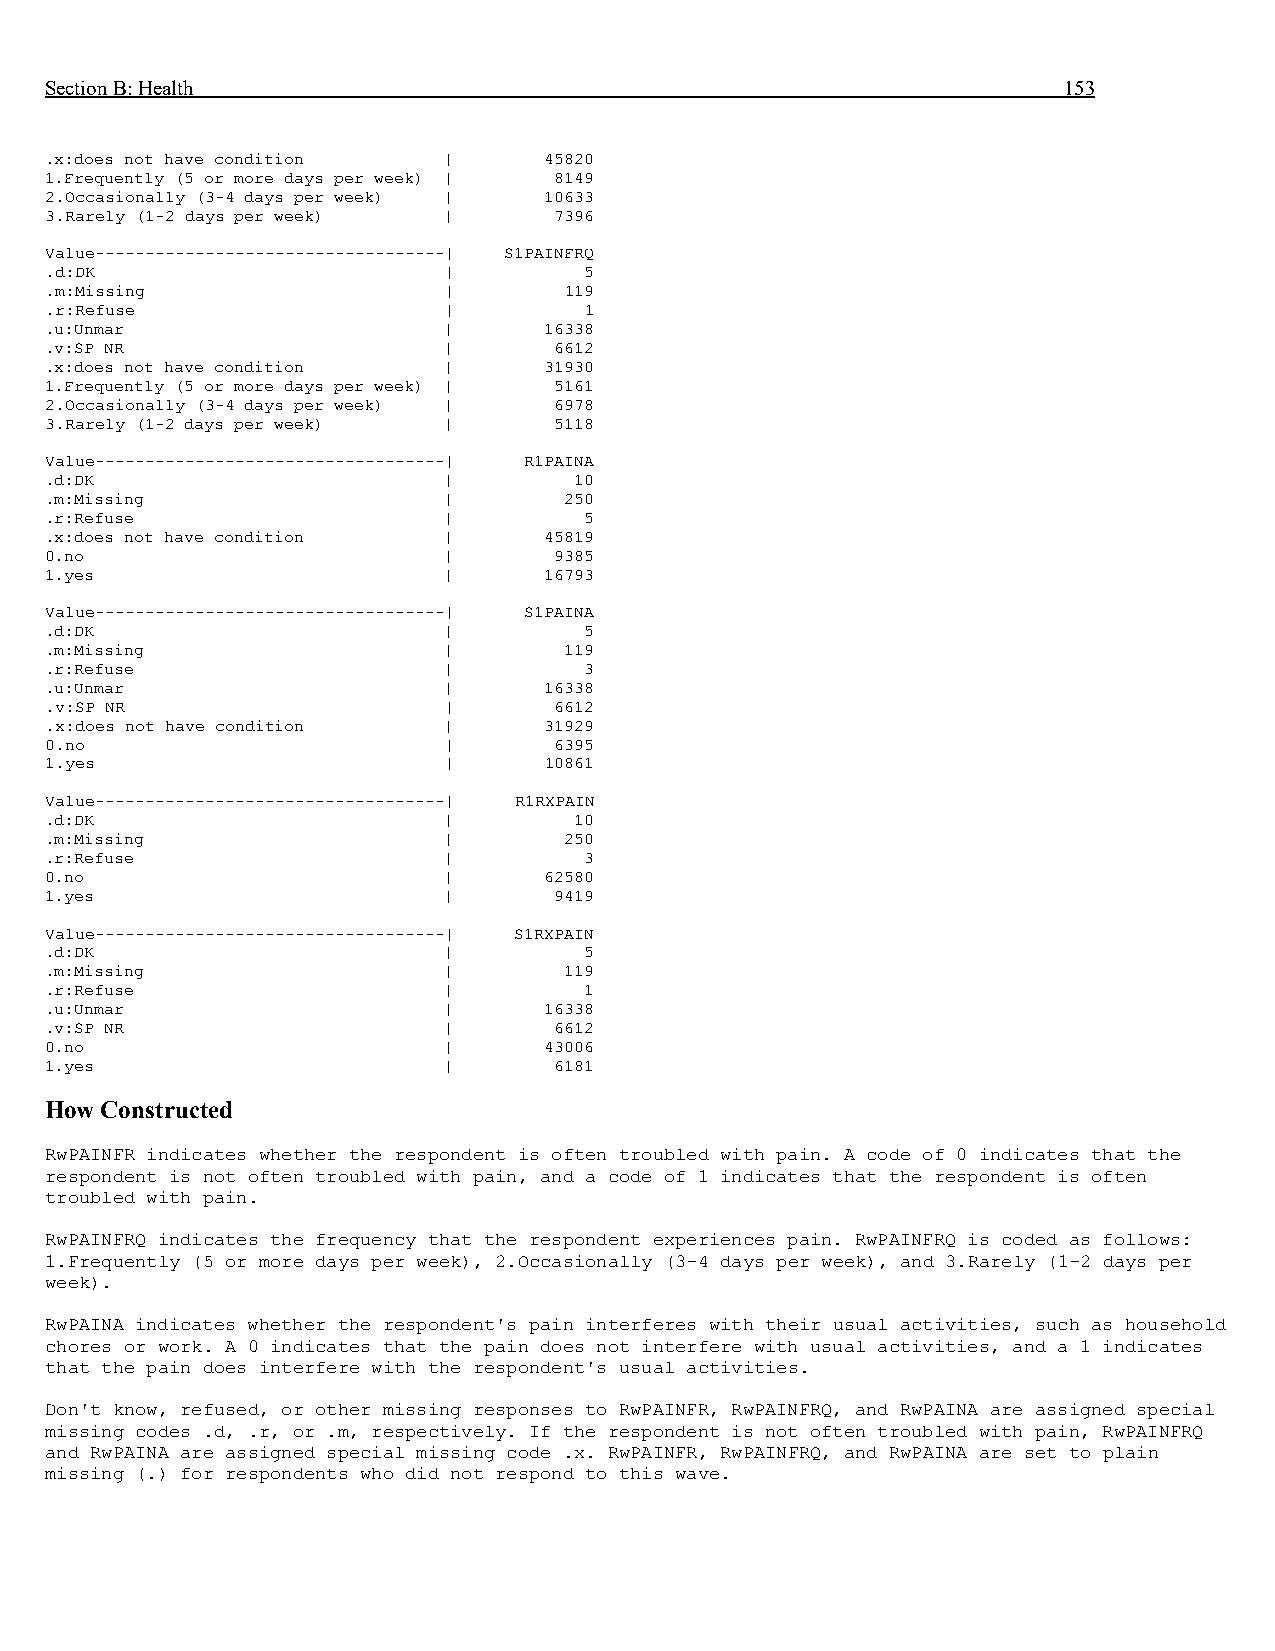
Section B: Health                                                  153
 .x:does not have condition |     45820
 1.Frequently (5 or more days per week) | 8149
 2.Occasionally (3-4 days per week) | 10633
 3.Rarely (1-2 days per week) |    7396
 Value-----------------------------------| S1PAINFRQ
 .d:DK                     |         5
 .m:Missing                |       119
 .r:Refuse                 |         1
 .u:Unmar                  |      16338
 .v:SP NR                  |       6612
 .x:does not have condition |     31930
 1.Frequently (5 or more days per week) | 5161
 2.Occasionally (3-4 days per week) | 6978
 3.Rarely (1-2 days per week) |    5118
 Value-----------------------------------| R1PAINA
 .d:DK                     |        10
 .m:Missing                |       250
 .r:Refuse                 |         5
 .x:does not have condition |     45819
 0.no                      |       9385
 1.yes                     |      16793
 Value-----------------------------------| S1PAINA
 .d:DK                     |         5
 .m:Missing                |       119
 .r:Refuse                 |         3
 .u:Unmar                  |      16338
 .v:SP NR                  |       6612
 .x:does not have condition |     31929
 0.no                      |       6395
 1.yes                     |      10861
 Value-----------------------------------| R1RXPAIN
 .d:DK                     |        10
 .m:Missing                |       250
 .r:Refuse                 |         3
 0.no                      |      62580
 1.yes                     |       9419
 Value-----------------------------------| S1RXPAIN
 .d:DK                     |         5
 .m:Missing                |       119
 .r:Refuse                 |         1
 .u:Unmar                  |      16338
 .v:SP NR                  |       6612
 0.no                      |      43006
 1.yes                     |       6181
 How Constructed
 RwPAINFR indicates whether the respondent is often troubled with pain. A code of 0 indicates that the
 respondent is not often troubled with pain, and a code of 1 indicates that the respondent is often
 troubled with pain.
 RwPAINFRQ indicates the frequency that the respondent experiences pain. RwPAINFRQ is coded as follows:
 1.Frequently (5 or more days per week), 2.Occasionally (3-4 days per week), and 3.Rarely (1-2 days per
 week).
 RwPAINA indicates whether the respondent's pain interferes with their usual activities, such as household
 chores or work. A 0 indicates that the pain does not interfere with usual activities, and a 1 indicates
 that the pain does interfere with the respondent's usual activities.
 Don't know, refused, or other missing responses to RwPAINFR, RwPAINFRQ, and RwPAINA are assigned special
 missing codes .d, .r, or .m, respectively. If the respondent is not often troubled with pain, RwPAINFRQ
 and RwPAINA are assigned special missing code .x. RwPAINFR, RwPAINFRQ, and RwPAINA are set to plain
 missing (.) for respondents who did not respond to this wave.